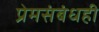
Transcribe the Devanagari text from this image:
प्रेमसंबंधही